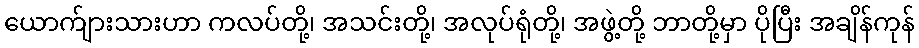
ယောက်ျားသားဟာ ကလပ်တို့၊ အသင်းတို့၊ အလုပ်ရုံတို့၊ အဖွဲ့တို့ ဘာတို့မှာ ပိုပြီး အချိန်ကုန်